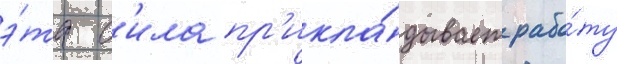
э́та с'ила пр'икла́дывает рабо́ту